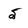
Character: 5